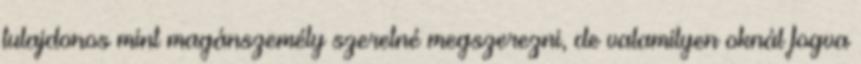
tulajdonos mint magánszemély szeretné megszerezni, de valamilyen oknál fogva